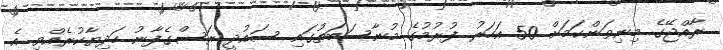
ރާއްޖޭގެ މިނިވަންކަމަށް 50 އަހަރު ފުރުމުގެ މުނާސަބަތުގައި ސައުދީ ރަސްގެފާނު ހަދިޔާކުރެއްވި އެ